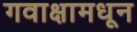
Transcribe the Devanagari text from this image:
गवाक्षामधून